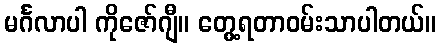
မင်္ဂလာပါ ကိုဇော်ဂျီ။ တွေ့ရတာဝမ်းသာပါတယ်။